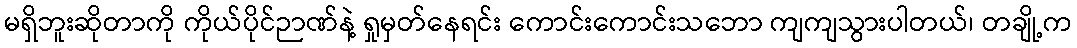
မရှိဘူးဆိုတာကို ကိုယ်ပိုင်ဉာဏ်နဲ့ ရှုမှတ်နေရင်း ကောင်းကောင်းသဘော ကျကျသွားပါတယ်၊ တချို့က